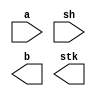
////////////////////////////////////////////////////////////////////////////////
//
//       This confidential and proprietary software may be used only
//     as authorized by a licensing agreement from Synopsys Inc.
//     In the event of publication, the following notice is applicable:
//
//                    (C) COPYRIGHT 2007 - 2016 SYNOPSYS INC.
//                           ALL RIGHTS RESERVED
//
//       The entire notice above must be reproduced on all authorized
//     copies.
//
//
// VERSION:   Verilog Simulation Model - DW_FP_ALIGN
//
// DesignWare_version: 055da968
// DesignWare_release: K-2015.06-DWBB_201506.5.2
//
////////////////////////////////////////////////////////////////////////////////
//---------------------------------------------------------------------------------
//
// ABSTRACT:  Right logical shift with sticky bit computation
//            This file contains a verification model for an alignment
//            unit (used in floating-point operations) that consists 
//            in a shifter and a logic to detect non-zero bits that 
//            are shifted out of range. 
//
// MODIFIED:
//
//---------------------------------------------------------------------------------

module DW_FP_ALIGN (a, sh, b, stk);
parameter a_width=8;
parameter sh_width=3;

input [a_width-1:0] a;
input [sh_width-1:0] sh;
output [a_width-1:0] b;
output stk;

  // synopsys translate_off

  //-------------------------------------------------------------------------
  // Parameter legality check
  //-------------------------------------------------------------------------
  
 
  initial begin : parameter_check
    integer param_err_flg;

    param_err_flg = 0;
    
  
    if (a_width < 1) begin
      param_err_flg = 1;
      $display(
	"ERROR: %m :\n  Invalid value (%d) for parameter a_width (lower bound: 1)",
	a_width );
    end
  
    if (sh_width < 1) begin
      param_err_flg = 1;
      $display(
	"ERROR: %m :\n  Invalid value (%d) for parameter sh_width (lower bound: 1)",
	sh_width );
    end
  
    if ( param_err_flg == 1) begin
      $display(
        "%m :\n  Simulation aborted due to invalid parameter value(s)");
      $finish;
    end

  end // parameter_check 


reg [a_width-1:0] a_shifted;
reg stk_int;
integer i;

 always @ (a or sh)
  begin
    a_shifted = a;
    stk_int = 1'b0;
    if (sh != 0)
      begin
        for (i=0;i<sh;i=i+1) begin
          stk_int = stk_int | a_shifted[0];
          a_shifted = a_shifted >> 1;
        end
      end
  end

 assign stk = stk_int;
 assign b = a_shifted;

  // synopsys translate_on

endmodule